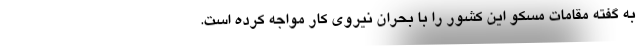
به گفته مقامات مسکو این کشور را با بحران نیروی کار مواجه کرده است.